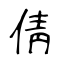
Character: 倩